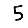
Digit: 5